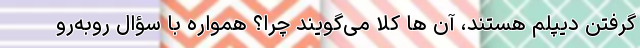
گرفتن دیپلم هستند، آن ها کلا می‌گویند چرا؟ همواره با سؤال روبه‌رو